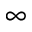
_ \infty